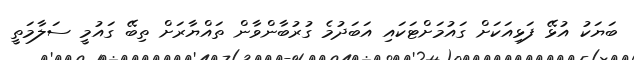
ބަޔަކު އުޅޭ ފަޅިއަކަށް ގައުމަށްޓަކައި އަބަދުމެ ގުރުބާންވާން ތައްޔާރަށް ތިބޭ ގައުމީ ސަލާމަތީ